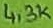
Text: 4,3K